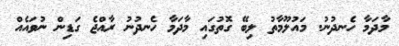
މާދަމާ ހެނދުނު. މައުލޫމާތު ލިބޭ ގޮތުގައި މާދަމާ ހެނދުނު ރާއްޖެ ގަޑިން ނުވައެއް